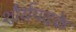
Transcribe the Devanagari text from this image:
शौर्यपदके